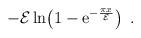
LaTeX: \begin{align*}-{\cal E}\,{\mathrm{ln}}\!\left(1-{\mathrm e}^{-{\pi x\over{\cal E}}}\right)\ .\end{align*}